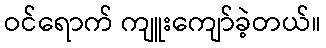
ဝင်ရောက် ကျူးကျော်ခဲ့တယ်။